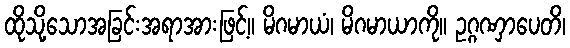
ထိုသို့သောအခြင်းအရာအားဖြင့်။ မိဂမာယံ၊ မိဂမာယာကို။ ဥဂ္ဂဏှာပေတိ၊